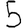
Digit: 5